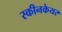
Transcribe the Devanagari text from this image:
स्कीनकेयर